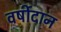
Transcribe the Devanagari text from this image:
वर्षीदान